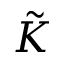
\Tilde { K }